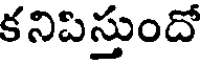
కనిపిస్తుందో